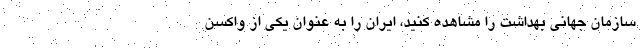
سازمان جهانی بهداشت را مشاهده کنید، ایران را به عنوان یکی از واکسن